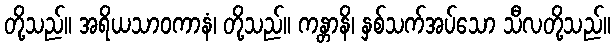
တို့သည်။ အရိယသာဝကာနံ၊ တို့သည်။ ကန္တာနိ၊ နှစ်သက်အပ်သော သီလတို့သည်။